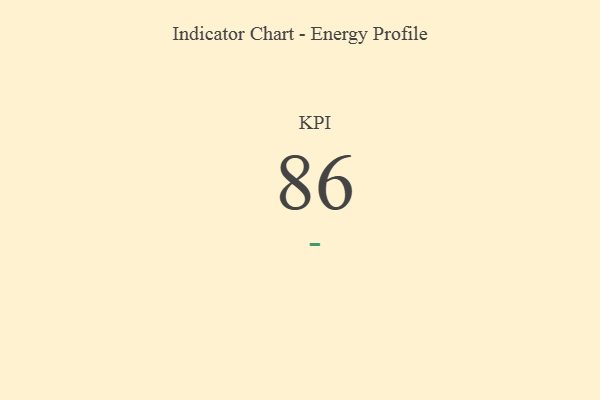
{"axis": {"x": "KPI", "y": "Value"}, "legend": [""], "data": [{"x": "KPI", "y": 86, "type": ""}]}